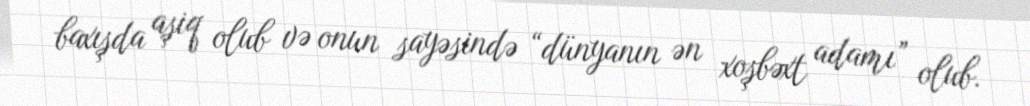
baxışda aşiq olub və onun sayəsində “dünyanın ən xoşbəxt adamı” olub.